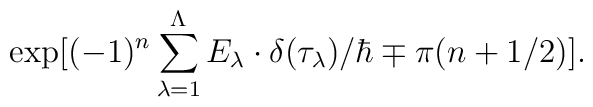
\exp[ (-1)^n \sum_{\lambda =1}^\Lambda  E_\lambda \cdot \delta(\tau_\lambda)/\hbar \mp \pi (n + 1/2)].